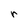
Character: r